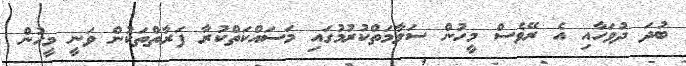
ބުދަ ދުވަހާއި އެ ރޭވެސް މީހުން ސަލާމަތްކުރުމުގައި މަސައްކަތްކުރާ ފަރާތްތަކުން ވަނީ މީހުން